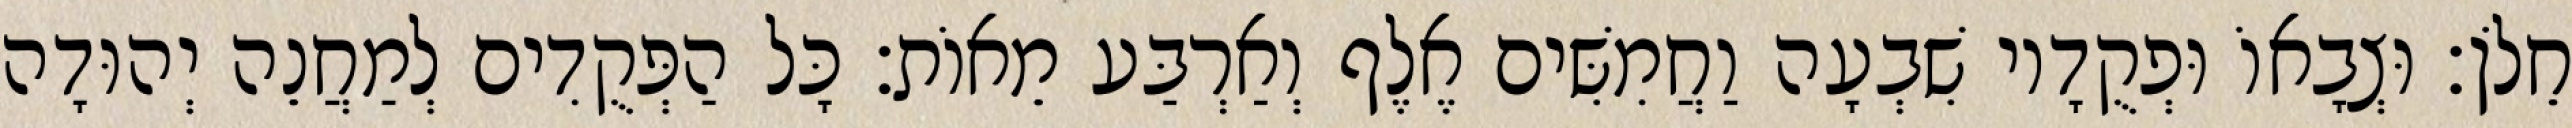
חֵלֹן׃ וּצְבָאוֹ וּפְקֻדָיו שִׁבְעָה וַחֲמִשִּׁים אֶלֶף וְאַרְבַּע מֵאוֹת׃ כָּל הַפְּקֻדִים לְמַחֲנֵה יְהוּדָה